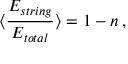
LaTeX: \langle \frac { E _ { s t r i n g } } { E _ { t o t a l } } \rangle = 1 - n \, ,